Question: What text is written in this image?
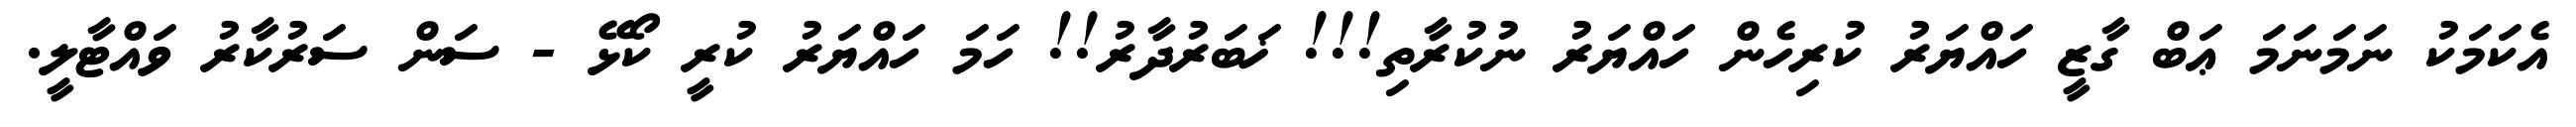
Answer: އެކަމަކު ނަމަނަމަ ޢަބް ގާޒީ ހައްޔަރު ކުރިހެން ހައްޔަރު ނުކުރާތި!!! ޚަބަރުދާރު!! ހަމަ ހައްޔަރު ކުރީ ކޯޅޭ - ސަން ސަރުކާރު ވައްޓާލީ.